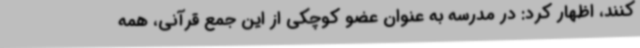
کنند، اظهار کرد: در مدرسه به عنوان عضو کوچکی از این جمع قرآنی، همه